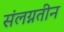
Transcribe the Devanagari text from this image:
संलग्नतीन